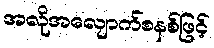
အလိုအလျောက်စနစ်ဖြင့်